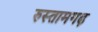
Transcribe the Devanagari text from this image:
रुस्तामगढ़